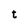
Character: t